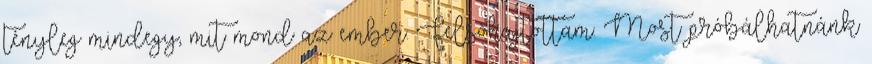
tényleg mindegy, mit mond az ember. Felsóhajtottam. Most próbálhatnánk